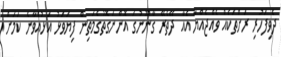
ދެވިފަހުރި ރަށްތަކެއް ވެއްޖެއްޔާ އެއާ ދޭތެރޭ ގާނޫނުގަ އޮންނަގޮތުގެމަތިން ފިޔަވަޅު އަޅުއްވާނެ ކަމަށް